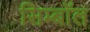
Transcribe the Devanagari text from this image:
सिम्बॉल